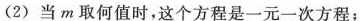
(2)当m取何值时，这个方程是一元一次方程；